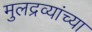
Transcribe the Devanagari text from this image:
मुलद्रव्यांच्या